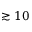
\gtrsim 1 0